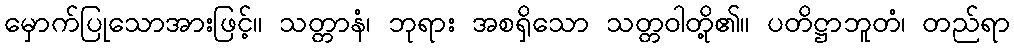
မှောက်ပြုသောအားဖြင့်။ သတ္တာနံ၊ ဘုရား အစရှိသော သတ္တဝါတို့၏။ ပတိဋ္ဌာဘူတံ၊ တည်ရာ